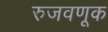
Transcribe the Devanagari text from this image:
रुजवणूक